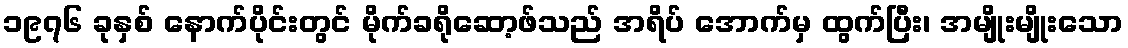
၁၉၇၆ ခုနှစ် နောက်ပိုင်းတွင် မိုက်ခရိုဆော့ဖ်သည် အရိပ် အောက်မှ ထွက်ပြီး၊ အမျိုးမျိုးသော